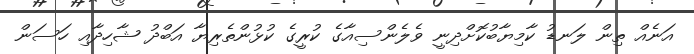
އަނެއް ތިން ލަނޑު ކާމިޔާބުކޮށްދިނީ ވެލެންސިއާގެ ކުރީގެ ކުޅުންތެރިޔާ އަބްދު ޝާހިދާއި ހަސަން